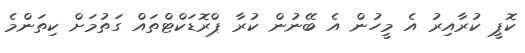
ކޮޕީ ކުރާއިރު އެ މީހުން އެ ބޭނުން ކުރާ ޕްރޮޑަކްޓްތައް ގަތުމަށް ކިތަންމެ